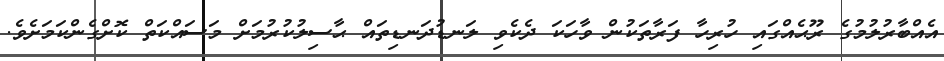
އެއްބާރުލުމުގެ ރޫޙެއްގައި ހުރިހާ ފަރާތަކުން ވާހަކަ ދެކެވި ލަނޑުދަނޑިތައް ޙާސިލުކުރުމަށް މަސައްކަތް ކޮށްގެންކަމަށެވެ.